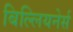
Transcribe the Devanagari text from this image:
बिल्लियनेर्स